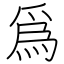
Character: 爲